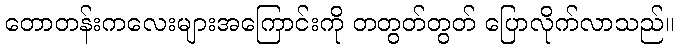
တောတန်းကလေးများအကြောင်းကို တတွတ်တွတ် ပြောလိုက်လာသည်။